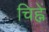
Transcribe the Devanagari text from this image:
चिह्नें